Scientific memoirs by medical officers of the Army of India - Part IV,
Year: 1889
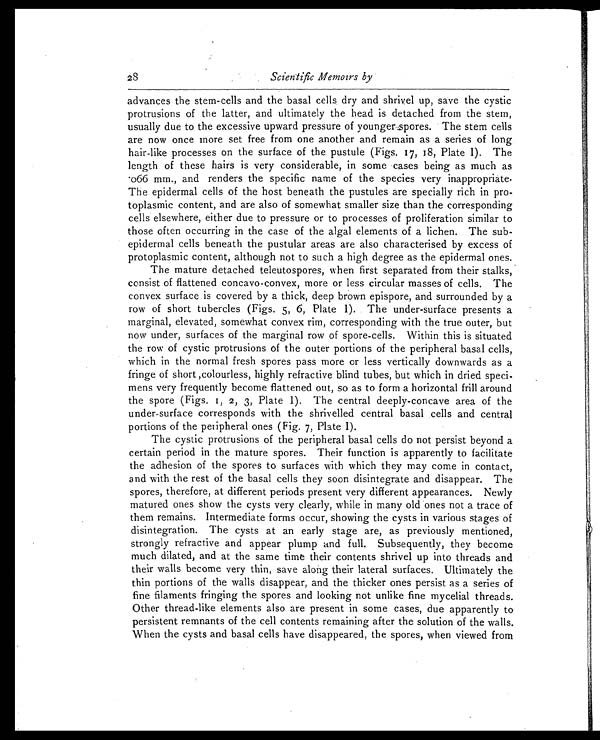
28
Scientific Memoirs by
advances the stem-cells and the basal cells dry and shrivel up, save the cystic
protrusions of the latter, and ultimately the head is detached from the stem,
usually due to the excessive upward pressure of younger spores. The stem cells
are now once more set free from one another and remain as a series of long
hair-like processes on the surface of the pustule (Figs. 17, 18, Plate I). The
length of these hairs is very considerable, in some cases being as much as
.066 mm., and renders the specific name of the species very inappropriate.
The epidermal cells of the host beneath the pustules are specially rich in pro-
toplasmic content, and are also of somewhat smaller size than the corresponding
cells elsewhere, either due to pressure or to processes of proliferation similar to
those often occurring in the case of the algal elements of a lichen. The sub-
epidermal cells beneath the pustular areas are also characterised by excess of
protoplasmic content, although not to such a high degree as the epidermal ones.
The mature detached teleutospores, when first separated from their stalks,
consist of flattened concavo-convex, more or less circular masses of cells. The
convex surface is covered by a thick, deep brown epispore, and surrounded by a
row of short tubercles (Figs. 5, 6, Plate I). The under-surface presents a
marginal, elevated, somewhat convex rim, corresponding with the true outer, but
now under, surfaces of the marginal row of spore-cells. Within this is situated
the row of cystic protrusions of the outer portions of the peripheral basal cells,
which in the normal fresh spores pass more or less vertically downwards as a
fringe of short ,colourless, highly refractive blind tubes, but which in dried speci-
mens very frequently become flattened out, so as to form a horizontal frill around
the spore (Figs. 1, 2, 3, Plate I). The central deeply-concave area of the
under-surface corresponds with the shrivelled central basal cells and central
portions of the peripheral ones (Fig. 7, Plate I).
The cystic protrusions of the peripheral basal cells do not persist beyond a
certain period in the mature spores. Their function is apparently to facilitate
the adhesion of the spores to surfaces with which they may come in contact,
and with the rest of the basal cells they soon disintegrate and disappear. The
spores, therefore, at different periods present very different appearances. Newly
matured ones show the cysts very clearly, while in many old ones not a trace of
them remains. Intermediate forms occur, showing the cysts in various stages of
disintegration. The cysts at an early stage are, as previously mentioned,
strongly refractive and appear plump and full. Subsequently, they become
much dilated, and at the same time their contents shrivel up into threads and
their walls become very thin, save along their lateral surfaces. Ultimately the
thin portions of the walls disappear, and the thicker ones persist as a series of
fine filaments fringing the spores and looking not unlike fine mycelial threads.
Other thread-like elements also are present in some cases, due apparently to
persistent remnants of the cell contents remaining after the solution of the walls.
When the cysts and basal cells have disappeared, the spores, when viewed from